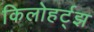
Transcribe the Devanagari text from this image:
किलोहर्ट्‌झ